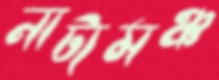
নাট্যমঞ্চ